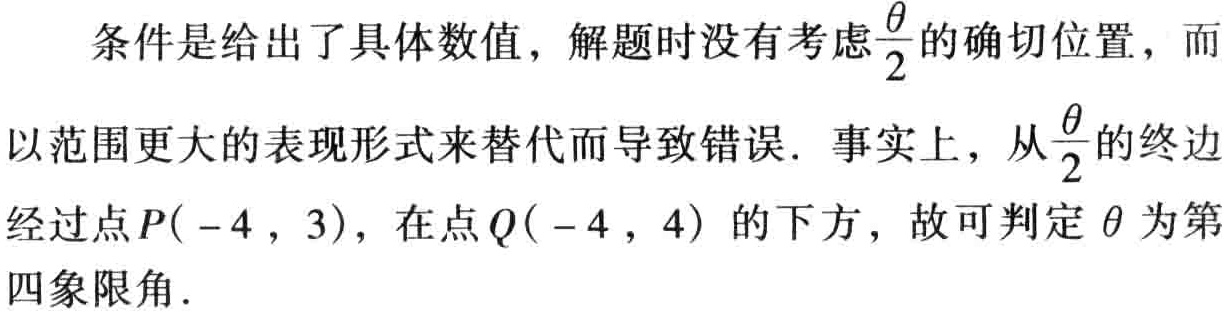
条件是给出了具体数值，解题时没有考虑$\frac{\theta}{2}$的确切位置，而以范围更大的表现形式来替代而导致错误. 事实上，从$\frac{\theta}{2}$的终边经过点$P(-4,3)$，在点$Q(-4,4)$的下方，故可判定$\theta$为第四象限角.